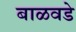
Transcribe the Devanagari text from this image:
बाळवडे